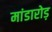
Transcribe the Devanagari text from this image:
मांडारोड़